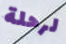
لرحلة